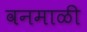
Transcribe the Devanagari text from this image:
वनमाळी